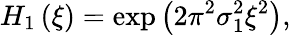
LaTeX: H_{1}\left(\xi\right)=\exp\left({2\pi^{2}\sigma_{1}^{2}\xi^{2}}\right),